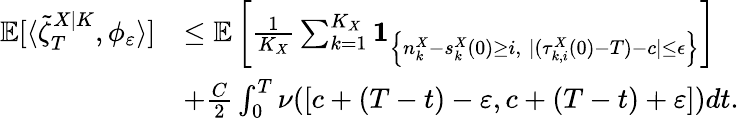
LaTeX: \begin{array}{rl}{\mathbb{E}[\langle\tilde{\zeta}_{T}^{X|K},\phi_{\varepsilon}\rangle]}&{\leq\mathbb{E}\left[\frac{1}{K_{X}}\sum_{k=1}^{K_{X}}\mathbf{1}_{\left\{ n_{k}^{X}-s_{k}^{X}(0)\geq i,\; |(\tau_{k,i}^{X}(0)-T)-c|\leq\epsilon\right\} }\right]}\\ &{+\frac{C}{2}\int_{0}^{T}\nu([c+(T-t)-\varepsilon,c+(T-t)+\varepsilon])dt.}\end{array}